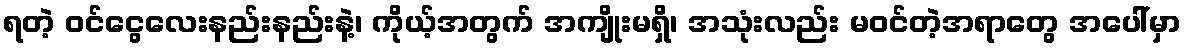
ရတဲ့ ဝင်ငွေလေးနည်းနည်းနဲ့၊ ကိုယ့်အတွက် အကျိုးမရှိ၊ အသုံးလည်း မဝင်တဲ့အရာတွေ အပေါ်မှာ